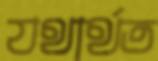
যথার্থত